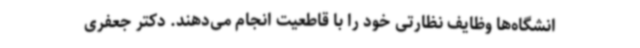
انشگاه‌ها وظایف نظارتی خود را با قاطعیت انجام می‌دهند. دکتر جعفری